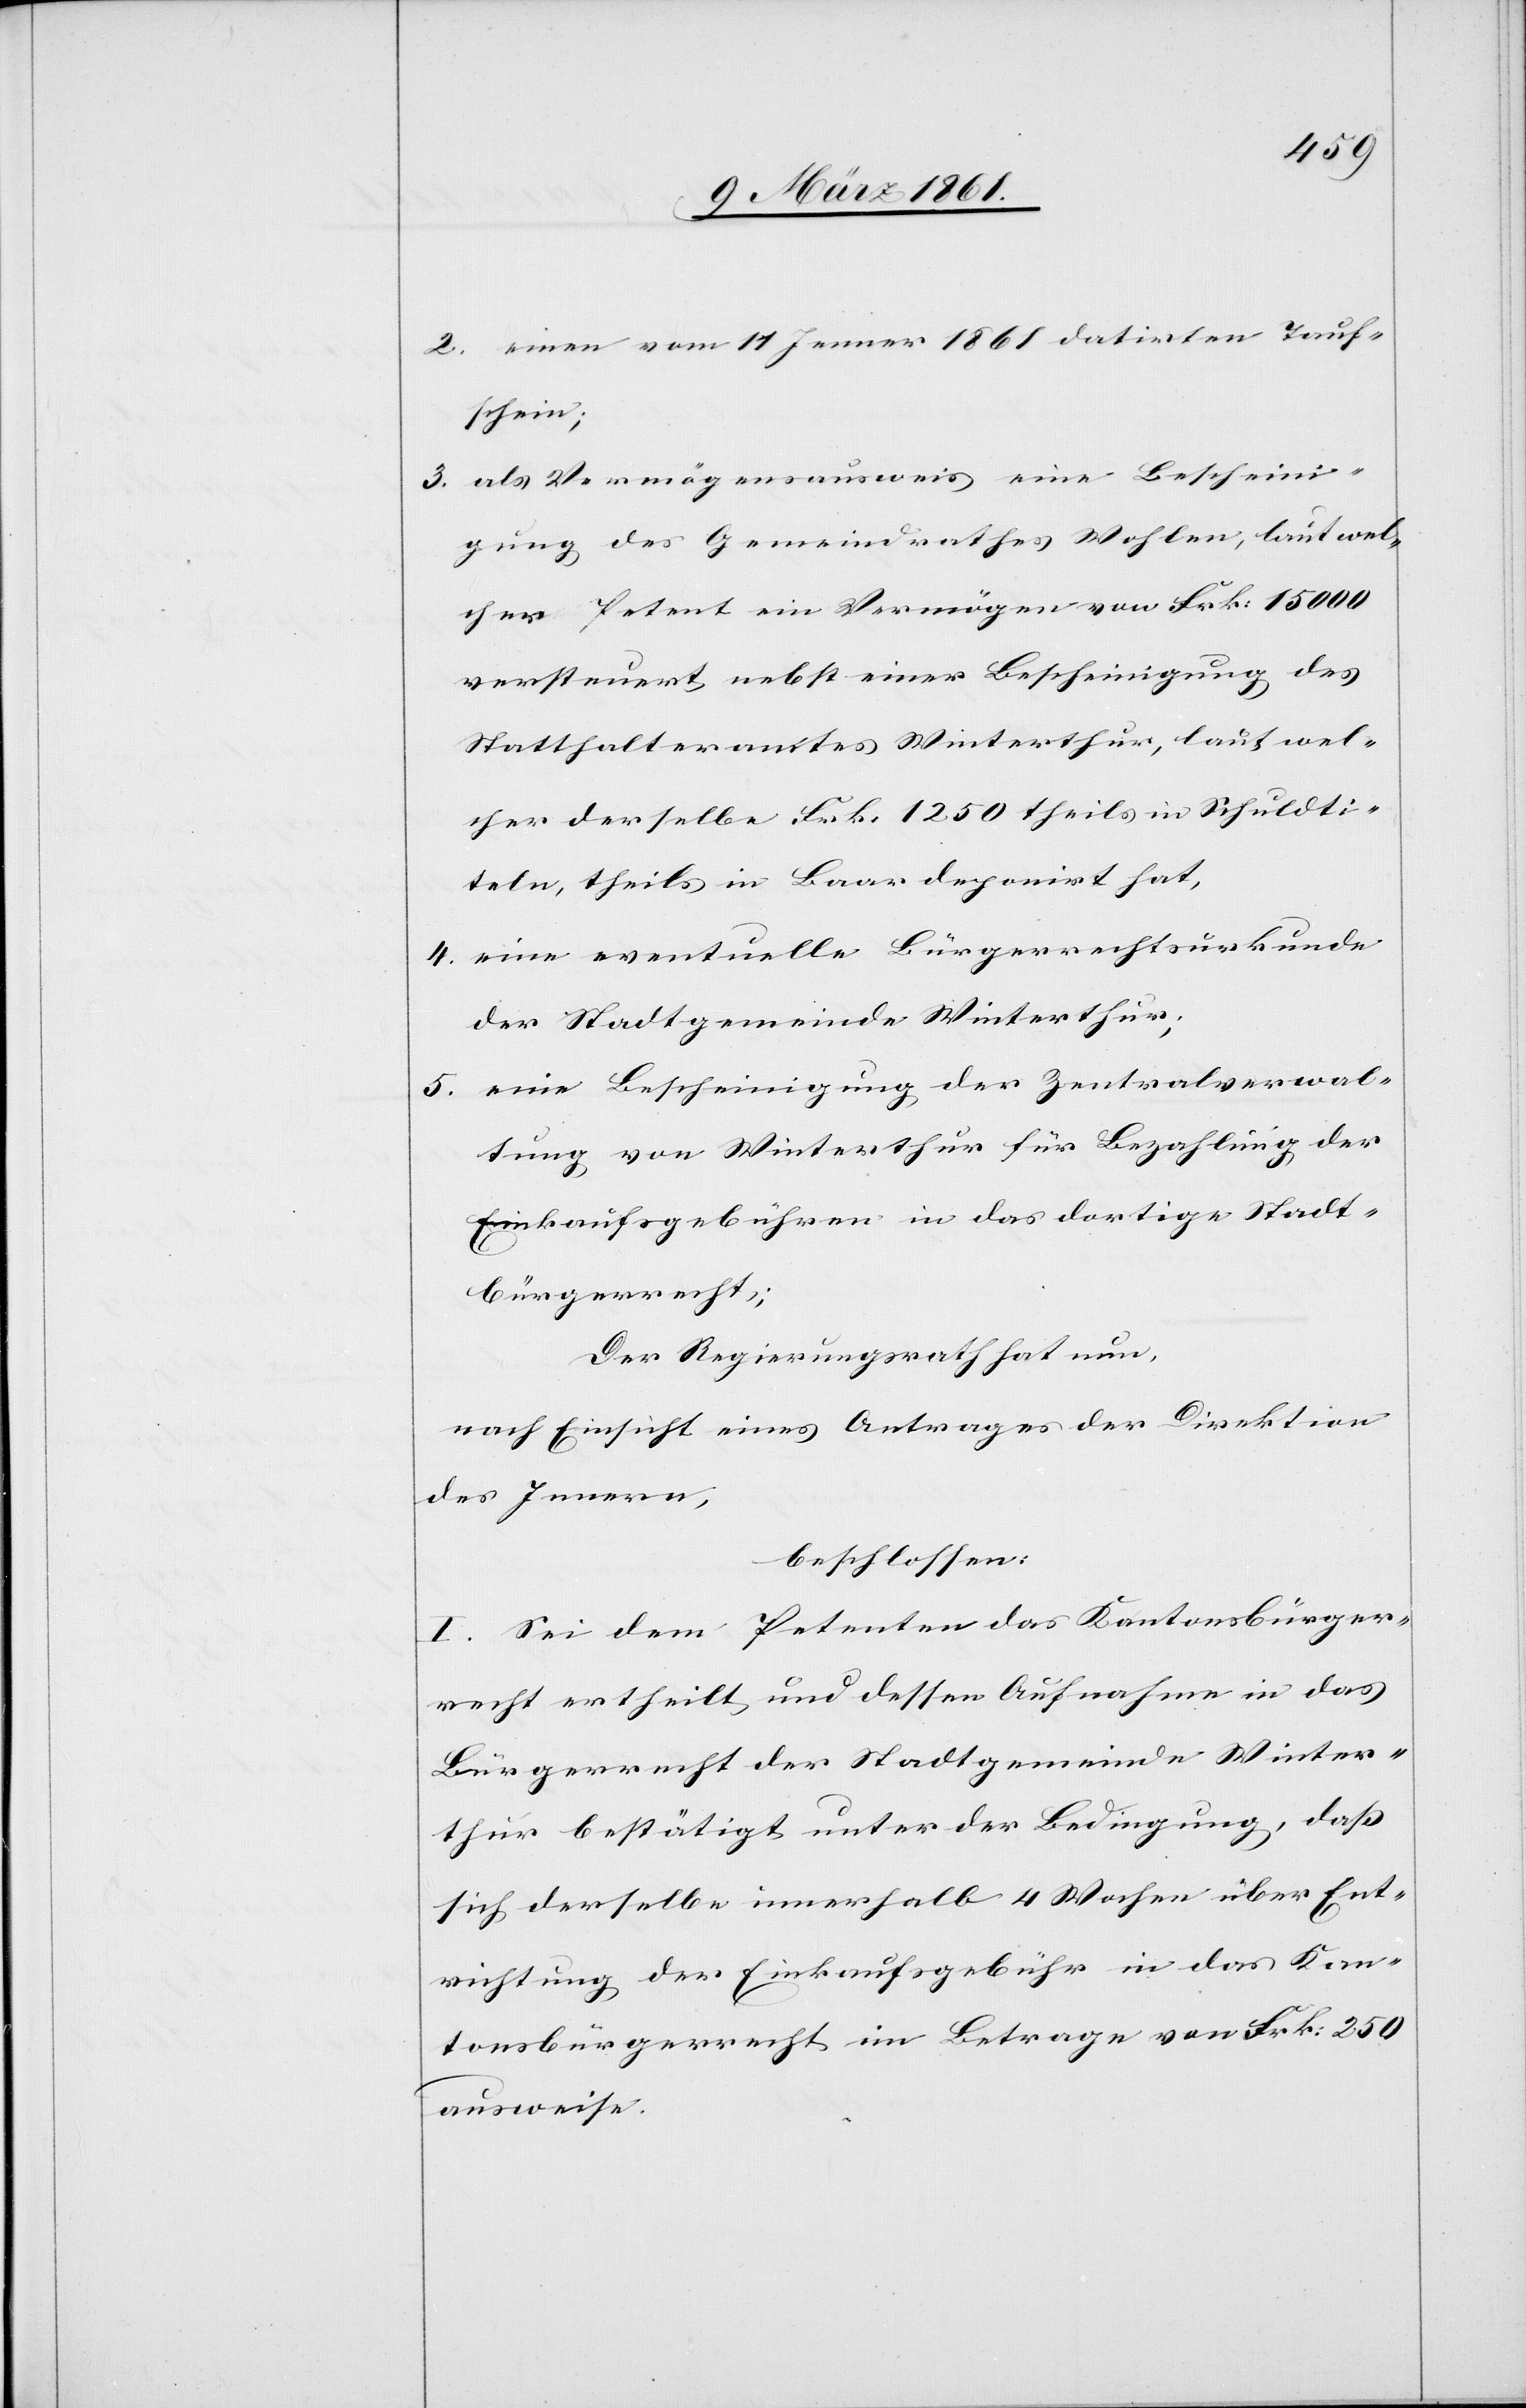
2. einen vom 11 Jenner 1861 datirten Tauf¬
schein;
3. als Vermögensausweis eine Bescheini¬
gung des Gemeindrathes Wohlen, laut wel¬
cher Petent ein Vermögen von Frk: 15 000
versteuert nebst einer Bescheinigung des
Statthalteramtes Winterthur, laut wel¬
cher derselbe Frk. 1250 theils in Schuldti¬
teln, theils in Baar deponirt hat,
4. eine eventuelle Bürgerrechtsurkunde
der Stadtgemeinde Winterthur;
eine Bescheinigung der Zentralverwal¬
5.
tung von Winterthur für Bezahlung der
Einkaufsgebühren in das dortige Stadt¬
bürgerrecht;
Der Regierungsrath hat nun,
nach Einsicht eines Antrages der Direktion
des Innern,
beschlossen:
I. Sei dem Petenten das Kantonsbürger¬
recht ertheilt und dessen Aufnahme in das
Bürgerrecht der Stadtgemeinde Winter¬
thur bestätigt unter der Bedingung, dass
sich derselbe innerhalb 4 Wochen über Ent¬
richtung der Einkaufsgebühr in das Kan¬
tonsbürgerrecht im Betrage von Frk: 250
ausweise.